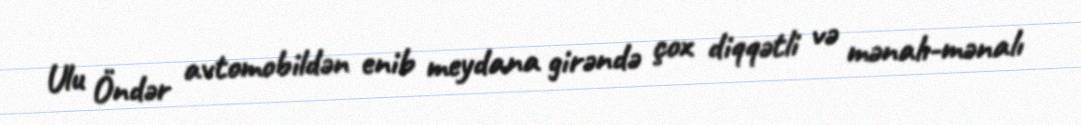
Ulu Öndər avtomobildən enib meydana girəndə çox diqqətli və mənalı-mənalı